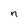
Character: n